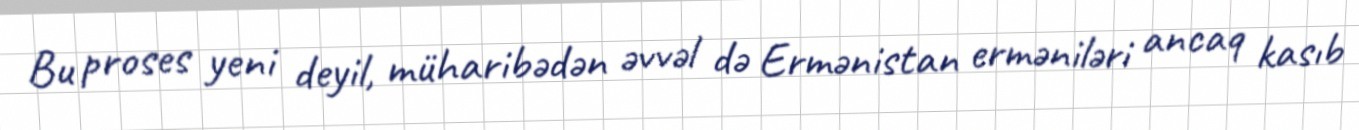
Bu proses yeni deyil, müharibədən əvvəl də Ermənistan erməniləri ancaq kasıb